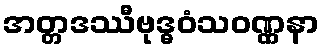
အတ္တဒဿီဗုဒ္ဓဝံသဝဏ္ဏနာ